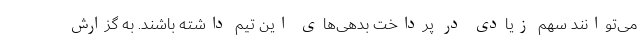
می‌توانند سهم زیادی در پرداخت بدهی‌های این تیم داشته باشند. به گزارش